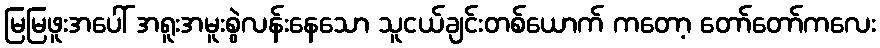
မြမြဖူးအပေါ် အရူးအမူးစွဲလန်းနေသော သူငယ်ချင်းတစ်ယောက် ကတော့ တော်တော်ကလေး